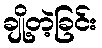
ချို့တဲ့ခြင်း